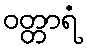
ဝတ္တာရံ